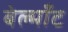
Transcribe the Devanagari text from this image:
बेल्माँट